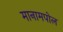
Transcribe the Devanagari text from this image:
मानामपोल